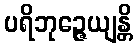
ပရိဘုဉ္ဇေယျန္တိ